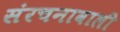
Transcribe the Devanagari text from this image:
संरचनावाली